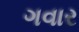
ગવાર